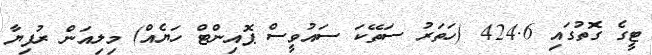
ޓީގެ ގޮތުގައި 424.6 (ހަތަރު ސަތޭކަ ސައުވީސް ޕޮއިންޓް ހަޔެއް) މިލިއަން ރުފިޔާ